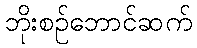
ဘိုးစဉ်ဘောင်ဆက်